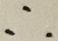
\therefore